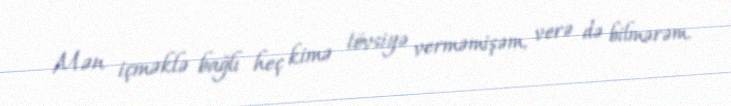
Mən içməklə bağlı heç kimə tövsiyə verməmişəm, verə də bilmərəm.